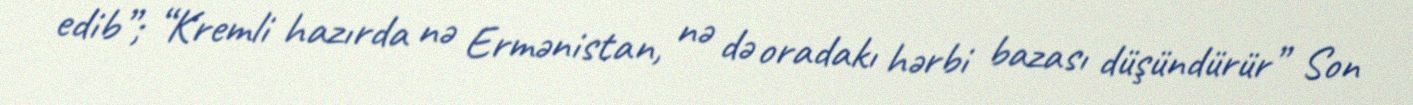
edib”; “Kremli hazırda nə Ermənistan, nə də oradakı hərbi bazası düşündürür” Son